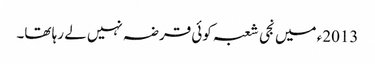
2013ء میں نجی شعبہ کوئی قرضہ نہیں لے رہا تھا۔